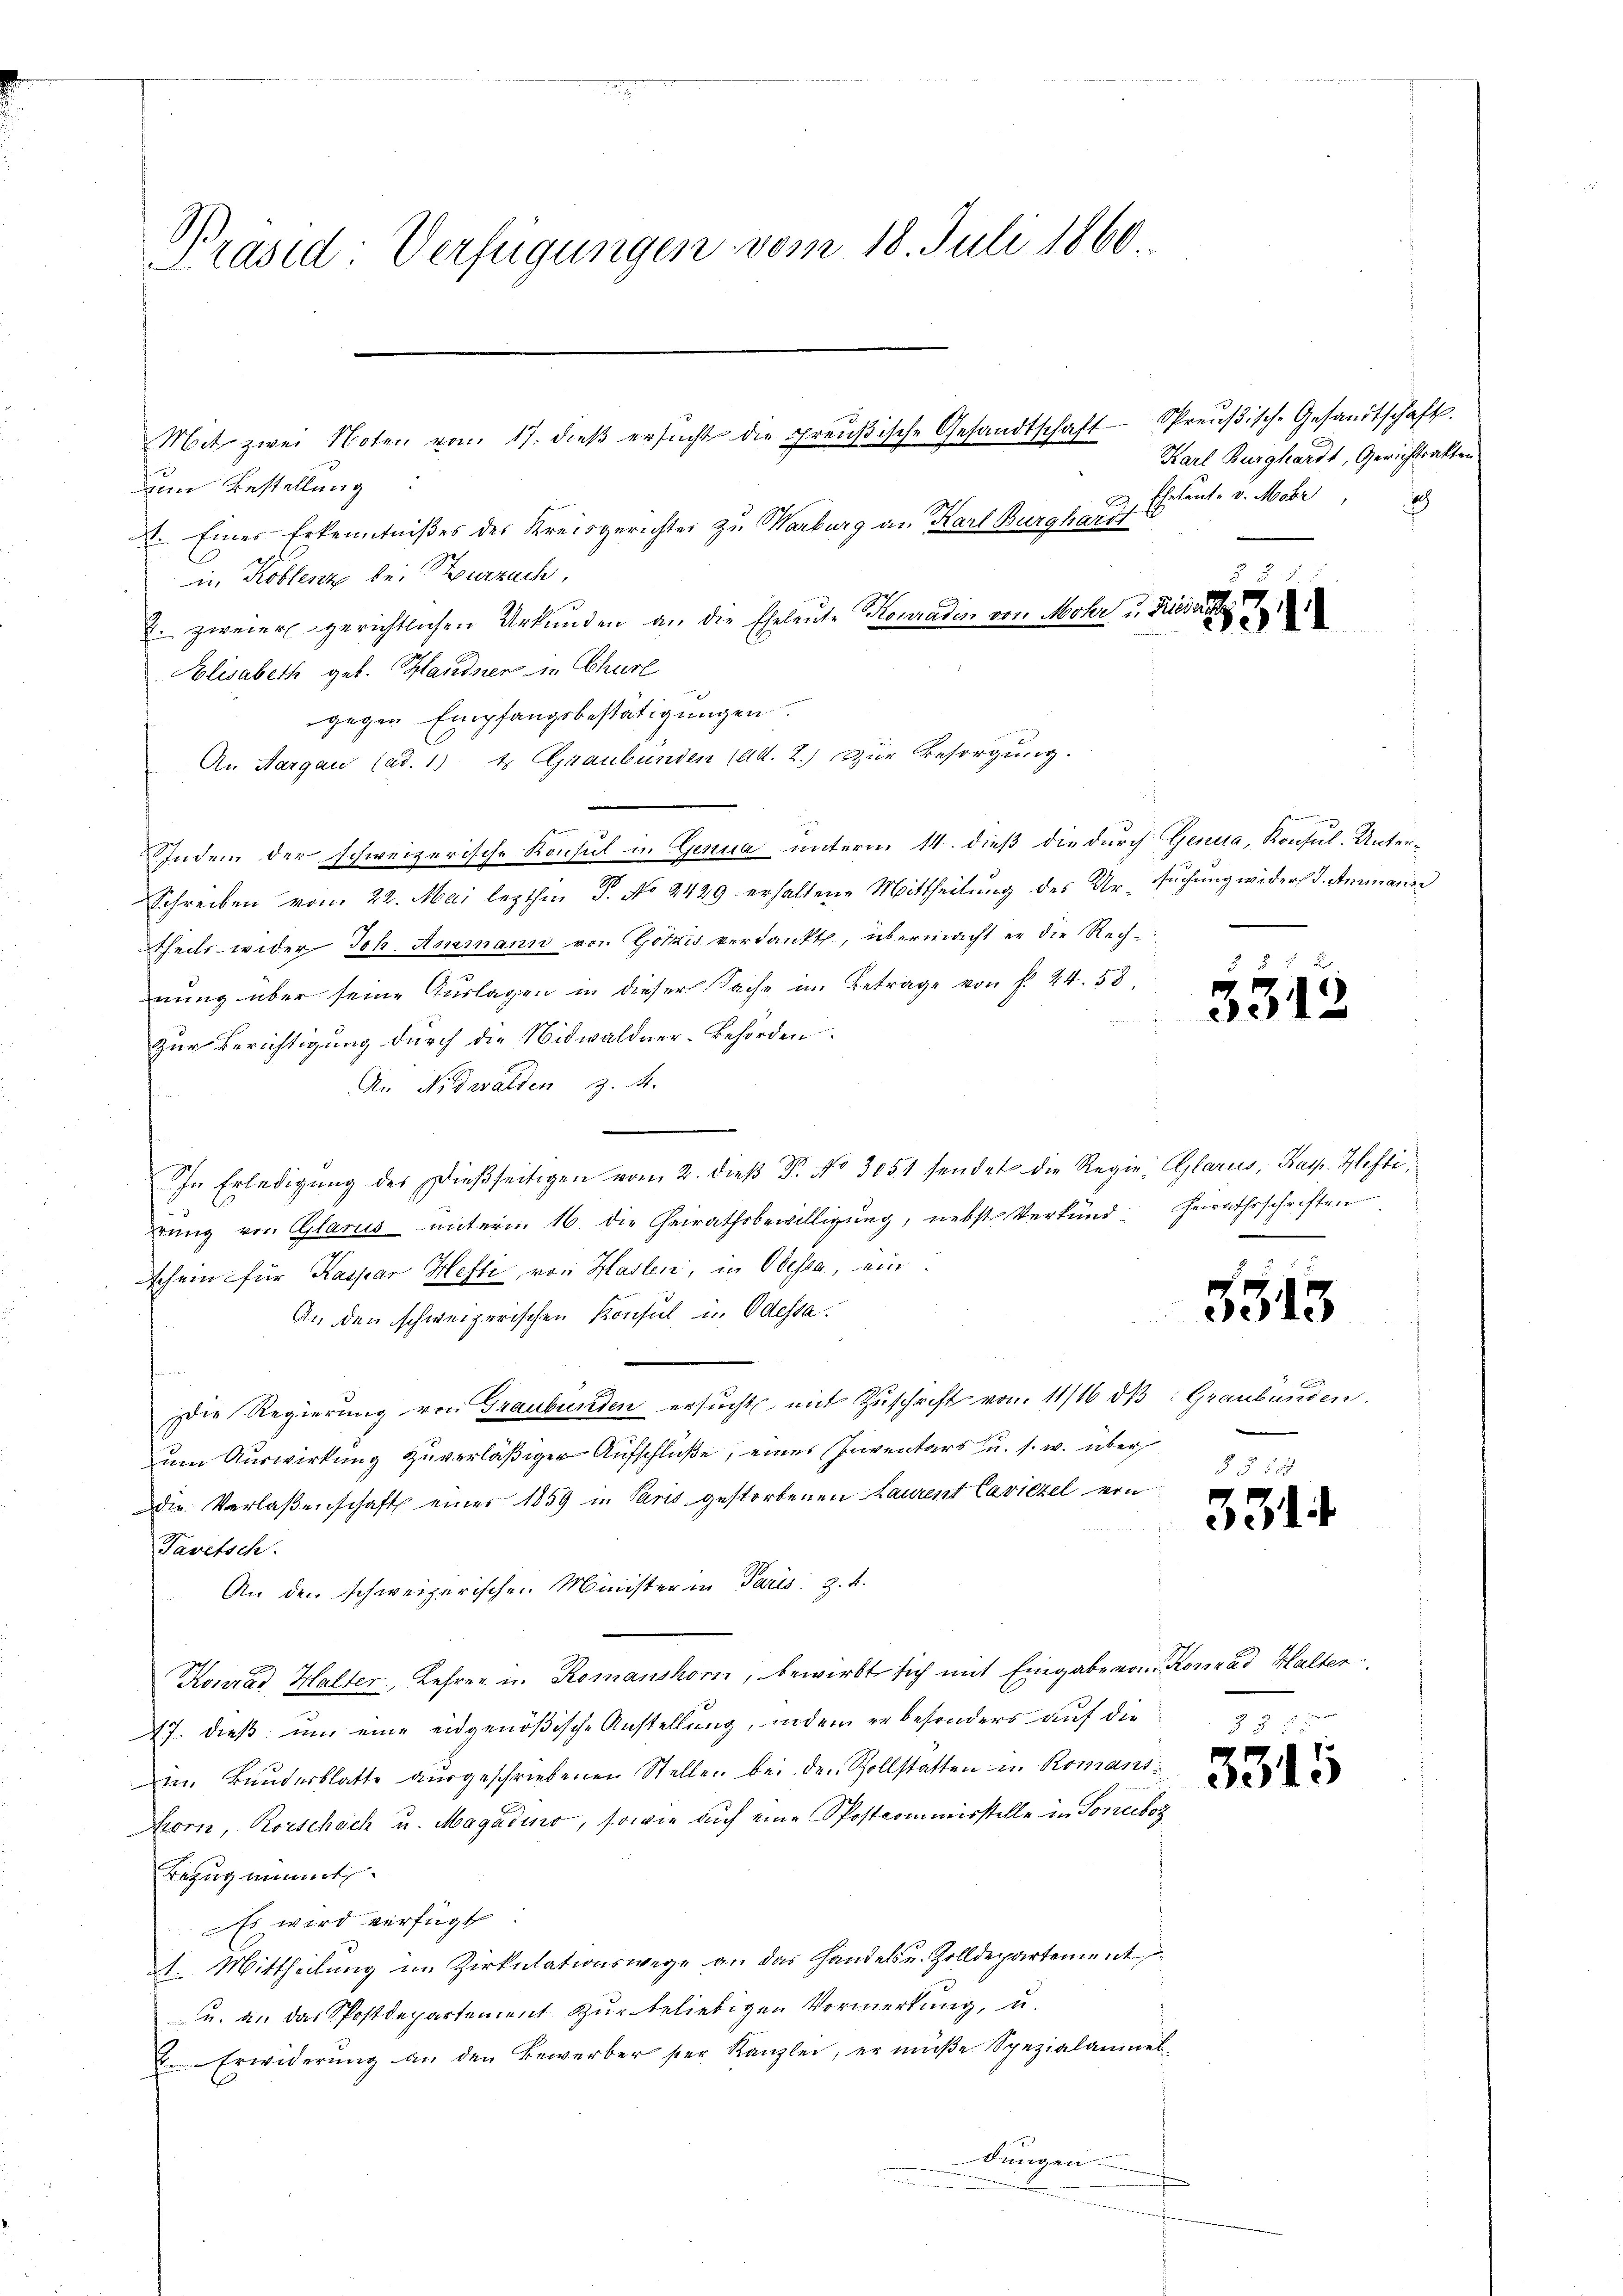
Präsid: Verfügungen vom 18. Juli 1860.

um Bestellung:
1. Eines Erkenntnißes des Kreisgerichtes zu Warburg an Karl Burghardt
in Koblenz bei Zurzach,
E. zweier gerichtlichen Urkunden an die Eheleute Konradin von Mohr u. Trier
Elisabeth geb. Handner in Churl
gegen Empfangsbestätigungen.
An Aargau (ad. 1) Es (Graubünden (Ad. 2.) Zur Besorgung.
Sindem der schweizerische Konsul in Genua unterm 14. dieß die durch Genua, Konsul. Unter¬
Schreiben vom 22. Mai lezthin J. No 4429 erhaltene Mittheilung des Ur- suchung widers d. Ammanne
theils wider Joh. Ammann von Götzis verdankt, übermacht er die Rechnung über seine Auslagen in dieser Sache im Betrage von f. 24. 58,
Zur Berichtigung durch die Nidwaldner-Behörden.
An Nidwalden z. A.
.
In Erledigŭng des Dießseitigen vom 2. dieβ P. No 3051 sendet die Regie, Glarus, Kasp. Heftirung von Glarus unterm 16. die Heirathsbewilligung, nebst Verkünd-Gerrathsschriften
schein für Kaspar Hefte von Haslen, in Odessa, ein
An den schweizerischen Konsul in Odessa.
e
Die Regierung von Graubünden ersucht mit Zuschrift vom 11/16 dβ (Graubünden.
m Auswirkung zuverläßiger Aufschluße, einer Inventars u. s. w. über
Die Verlaßenschaft einer 1859 in Paris gestorbenen Laurent Caviezel von
Pavetsch.
An den schweizerischen Minister in Paris. Z. 4.
Konrad Halter, Lehrer u. Romanshorn, bewirkt sich mit Eingabe von Konrad Halter
17. dieß, um eine eidgenößische Anstellung, indem er besonders auf die
im Bunderblatte ausgeschriebenen Stellen bei den Vollstatten in Romans¬
Korn, Rorschach u. Magadio, sowie auf eine Postcommisstelle in Soneboz
Bezug nimmt
Es wird verfügt:
1. Mittheilung im Zirkulationswege an das Handels u. Zolldepartement
u. an das Spostdepartement zur beliebigen Vormerkung, u.
D. Erwiderung an den Bewerber ser Kanzlei, er müße Spezialammel-
dungen.

Mit zwei Noten von 17. dieβ ersŭcht die preußische Gesandtschaft Spreŭβisch-Gesandtschaft.

Karl Burghardt, Gerichtsakten.
Ehetente v. Mobr
Ich

3.12

n

3513

3314

3315